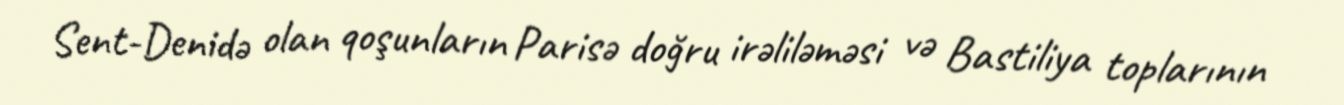
Sent-Denidə olan qoşunların Parisə doğru irəliləməsi və Bastiliya toplarının